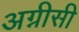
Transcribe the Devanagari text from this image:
अग्नीसी